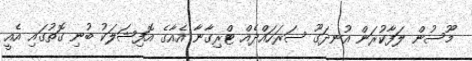
މޫސުން ލަފާކުރަން އުނދަގޫ ސަރަހައްދެއް ޓްރިގާނާ އެއާގެ އޮފިޝަލަކު ބުނި ގޮތުގައި އެއީ